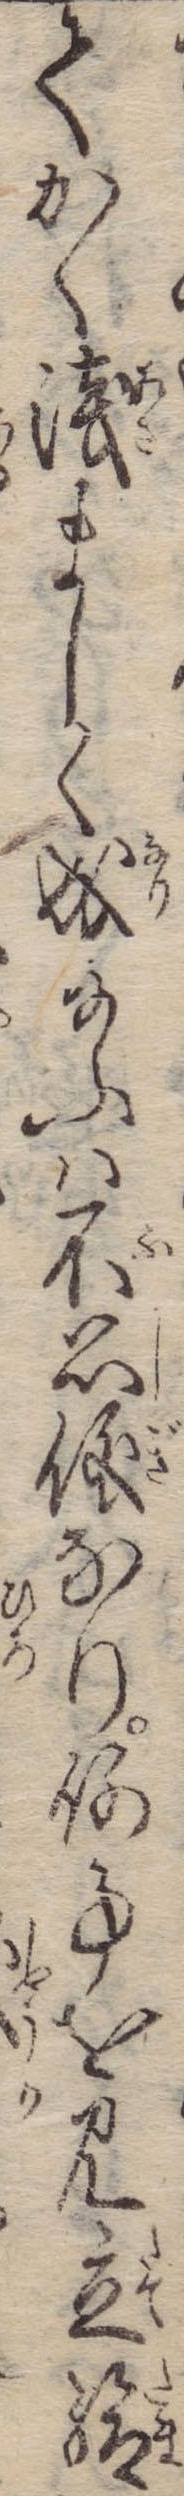
てかく浅ましく成給ふは不思儀なり何事を見立給